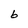
Character: b